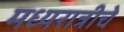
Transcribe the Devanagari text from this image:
मध्यरात्रीचे